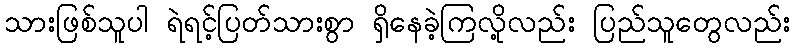
သားဖြစ်သူပါ ရဲရင့်ပြတ်သားစွာ ရှိနေခဲ့ကြလို့လည်း ပြည်သူတွေလည်း